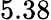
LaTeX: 5.38